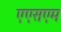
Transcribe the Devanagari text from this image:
एएसएम